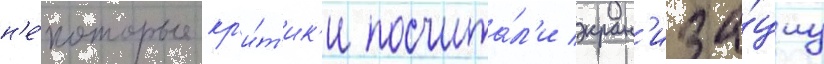
н'е́которые кр'и́т'ик'и посчита́л'и экран'иза́циу